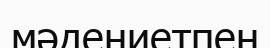
мәдениетпен